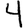
Digit: 4